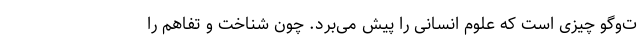
ت‌و‌گو چیزی است که علوم انسانی را پیش می‌برد. چون شناخت و تفاهم را